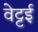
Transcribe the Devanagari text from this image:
वेट्टई